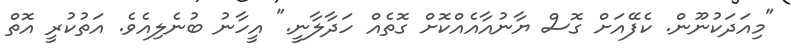
"މިއަދަކުނޫން. ކެފޭއަށް ގޮސް ޔާނުއާއެއްކޮށް ގޮތެއް ހަދާލާނީ." އީހާނު ބުނެލިއެވެ. އަތުކުރީ އޮތް